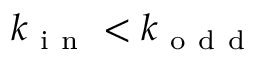
k _ { \mathrm { ~ i ~ n ~ } } < k _ { \mathrm { ~ o ~ d ~ d ~ } }